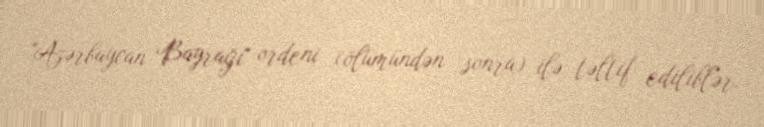
"Azərbaycan Bayrağı" ordeni (ölümündən sonra) ilə təltif ediliblər.